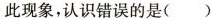
此现象，认识错误的是( )